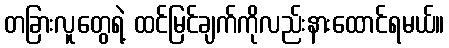
တခြားလူတွေရဲ့ ထင်မြင်ချက်ကိုလည်းနားထောင်ရမယ်။